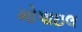
મોપાઇલ